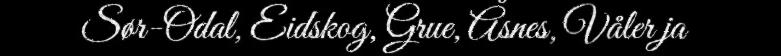
Sør-Odal, Eidskog, Grue, Åsnes, Våler ja